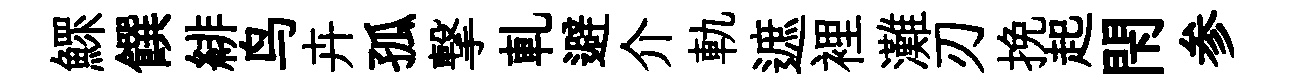
鰥饌緋鸟卉孤撃軋避介軌遮裡灘刃挽起閇参